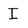
Character: I